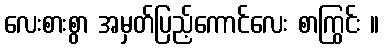
လေးစားစွာ အမှတ်ပြည့်ကောင်လေး စာကြွင်း ။